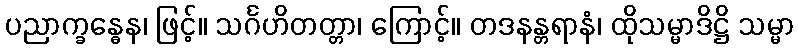
ပညာက္ခန္ဓေန၊ ဖြင့်။ သင်္ဂဟိတတ္တာ၊ ကြောင့်။ တဒနန္တရာနံ၊ ထိုသမ္မာဒိဋ္ဌိ သမ္မာ